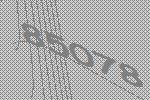
85078